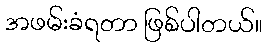
အဖမ်းခံရတာ ဖြစ်ပါတယ်။